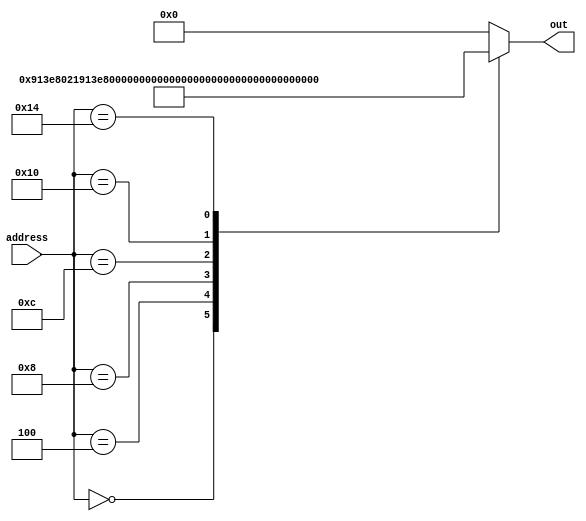
module rom_case(out, address);
	output reg [31:0] out;
	input  [31:0] address; // address- 16 deep memory  
	always @(address) begin
		case (address)
			31'd0:  out = 32'b10010001001111101000000000100001; // ADDI X1,X1,4000
			31'd4:  out = 32'b10010001001111101000000001000010; // ADDI X2,X2,4000
			31'd8:  out = 32'b11010011011000000010100000100001; // LSL X1,X1,10
			31'd12:  out = 32'b11010011011000000010100001000010; // LSL X2,X2,10
			31'd16:  out = 32'b11010010100000000000001010000001; // MOVZ X1,20
			31'd20:  out = 32'b11110010100000000000001010000010; // MOVK X2,20
			default: out=32'h0000;
			endcase
end
endmodule